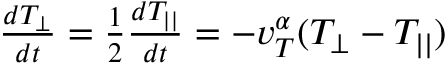
\begin{array} { r } { \frac { d T _ { \perp } } { d t } = \frac { 1 } { 2 } \frac { d T _ { | | } } { d t } = - v _ { T } ^ { \alpha } ( T _ { \perp } - T _ { | | } ) } \end{array}